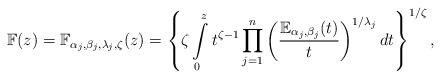
LaTeX: \begin{align*}\mathbb{F(}z)=\mathbb{F}_{\alpha _{j},\beta _{j},\lambda _{j},\zeta}(z)=\left\{ \zeta \int\limits_{0}^{z}t^{\zeta -1}\prod_{j=1}^{n}\left( \frac{\mathbb{E}_{\alpha _{j},\beta _{j}}(t)}{t}\right) ^{1/\lambda_{j}}dt\right\} ^{1/\zeta }, \end{align*}